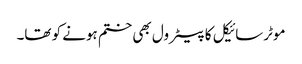
موٹرسائیکل کا پیٹرول بھی ختم ہونے کو تھا۔